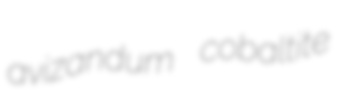
avizandum cobaltite